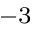
^ { - 3 }